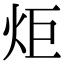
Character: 炬